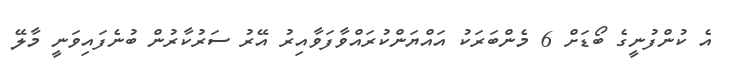
އެ ކުންފުނީގެ ބޯޑަށް 6 މެންބަރަކު އައްޔަންކުރައްވާފަވާއިރު އޭރު ސަރުކާރުން ބުނެފައިވަނީ މާލޭ